Vaccination in Bombay 1869-1873 - 1869-1873
Year: 1869
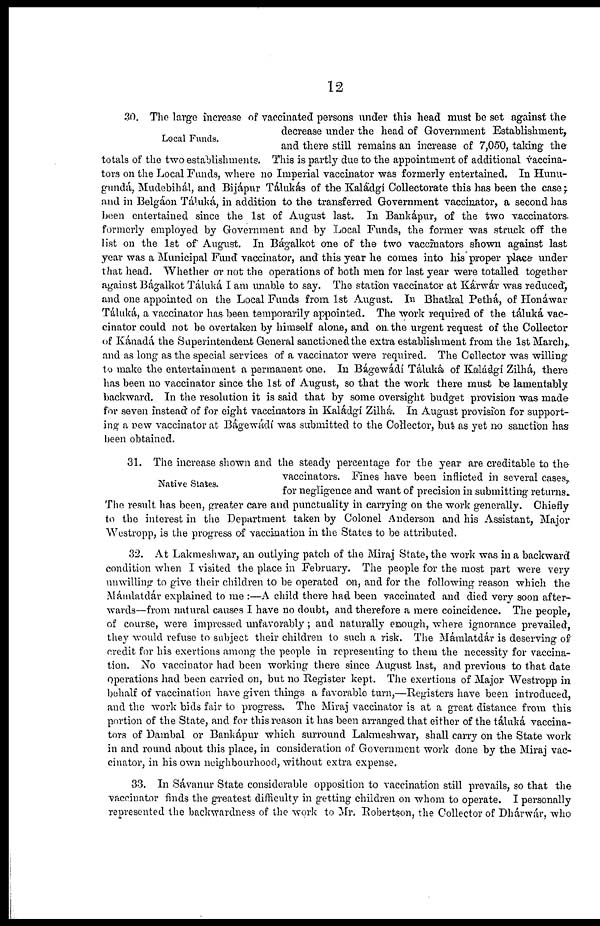
12
Local Funds.
30. The large increase of vaccinated persons under this head must be set against the
decrease under the head of Government Establishment,
and there still remains an increase of 7,050, taking the
totals of the two establishments. This is partly due to the appointment of additional vaccina-
tors on the Local Funds, where no Imperial vaccinator was formerly entertained. In Hunu-
gundá, Mudebihál, and Bijápur Tálukás of the Kaládgi Collectorate this has been the case;
and in Belgáon Táluká, in addition to the transferred Government vaccinator, a second has
been entertained since the 1st of August last. In Bankápur, of the two vaccinators.
formerly employed by Government and by Local Funds, the former was struck off the
list on the 1st of August. In Bágalkot one of the two vaccinators shown against last
year was a Municipal Fund vaccinator, and this year he comes into his proper place under
that head. Whether or not the operations of both men for last year were totalled together
against Bágalkot Táluká I am unable to say. The station vaccinator at Kárwár was reduced,
and one appointed on the Local Funds from 1st August. In Bhatkal Pethá, of Honáwar
Táluká, a vaccinator has been temporarily appointed. The work required of the táluká vac-
cinator could not be overtaken by himself alone, and on. the urgent request of the Collector
of Kánadá the Superintendent General sanctioned the extra establishment from the 1st March,
and as long as the special services of a vaccinator were required. The Collector was willing
to make the entertainment a permanent one. In Bágewádi Táluká of Kaládgi Zilhá, there
has been no vaccinator since the 1st of August, so that the work there must be lamentably
backward. In the resolution it is said that by some oversight budget provision was made
for seven instead of for eight vaccinators in Kaládgi Zilhá. In August provision for support-
ing a new vaccinator at Bágewádí was submitted to the Collector, but as yet no sanction has
been obtained.
Native States.
31. The increase shown and the steady percentage for the year are creditable to the
vaccinators. Fines have been inflicted in several cases,
for negligence and want of precision in submitting returns.
The result has been, greater care and punctuality in carrying on the work generally. Chiefly
to the interest in the Department taken by Colonel Anderson and his Assistant, Major
Westropp, is the progress of vaccination in the States to be attributed.
32. At Lakmeshwar, an outlying patch of the Miraj State, the work was in a backward
condition when I visited the place in February. The people for the most part were very
unwilling to give their children to be operated on, and for the following reason which the
Mámlatdár explained to me :—A child there had been vaccinated and died very soon after-
wards—from natural causes I have no doubt, and therefore a mere coincidence. The people,
of course, were impressed unfavorably; and naturally enough, where ignorance prevailed,
they would refuse to subject their children to such a risk. The Mámlatdár is deserving of
credit for his exertions among the people in representing to them the necessity for vaccina-
tion. No vaccinator had been working there since August last, and previous to that date
Operations had been carried on, but no Register kept. The exertions of Major Westropp in
behalf of vaccination have given things a favorable turn,—Registers have been introduced,
and the work bids fair to progress. The Miraj vaccinator is at a great distance from this
portion of the State, and for this reason it has been arranged that either of the táluká vaccina-
tors of Dambal or Bankápur which surround Lakmeshwar, shall carry on the State work
in and round about this place, in consideration of Government work done by the Miraj vac-
cinator, in his own neighbourhood, without extra expense.
33. In Sávanur State considerable opposition to vaccination still prevails, so that the
vaccinator finds the greatest difficulty in getting children on whom to operate. I personally
represented the backwardness of the work to Mr. Robertson, the Collector of Dhárwár, who